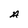
Character: A